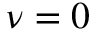
\nu = 0